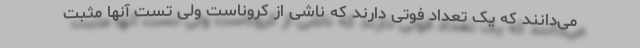
می‌دانند که یک تعداد فوتی دارند که ناشی از کروناست ولی تست آنها مثبت